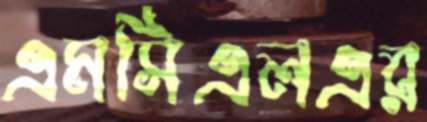
এমসিএলএর